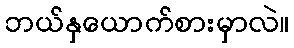
ဘယ်နှယောက်စားမှာလဲ။